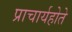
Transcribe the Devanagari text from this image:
प्राचार्यहोते